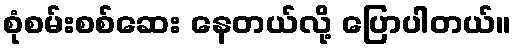
စုံစမ်းစစ်ဆေး နေတယ်လို့ ပြောပါတယ်။